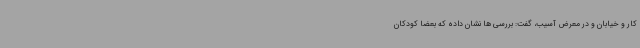
کار و خیابان و در معرض آسیب، گفت: بررسی ها نشان داده که بعضا کودکان